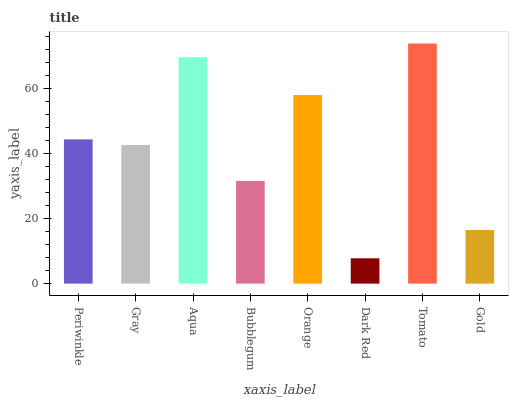
| xaxis_label | bars |
 | --- | --- |
 | Periwinkle | 44.4 |
 | Gray | 42.7 |
 | Aqua | 69.6 |
 | Bubblegum | 31.6 |
 | Orange | 58 |
 | Dark Red | 7.79 |
 | Tomato | 73.9 |
 | Gold | 16.5 |